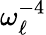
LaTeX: \omega_{\ell}^{-4}